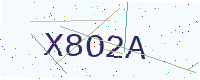
Text: X8O2A